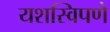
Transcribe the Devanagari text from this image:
यशस्विपणे